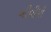
બીવીપી